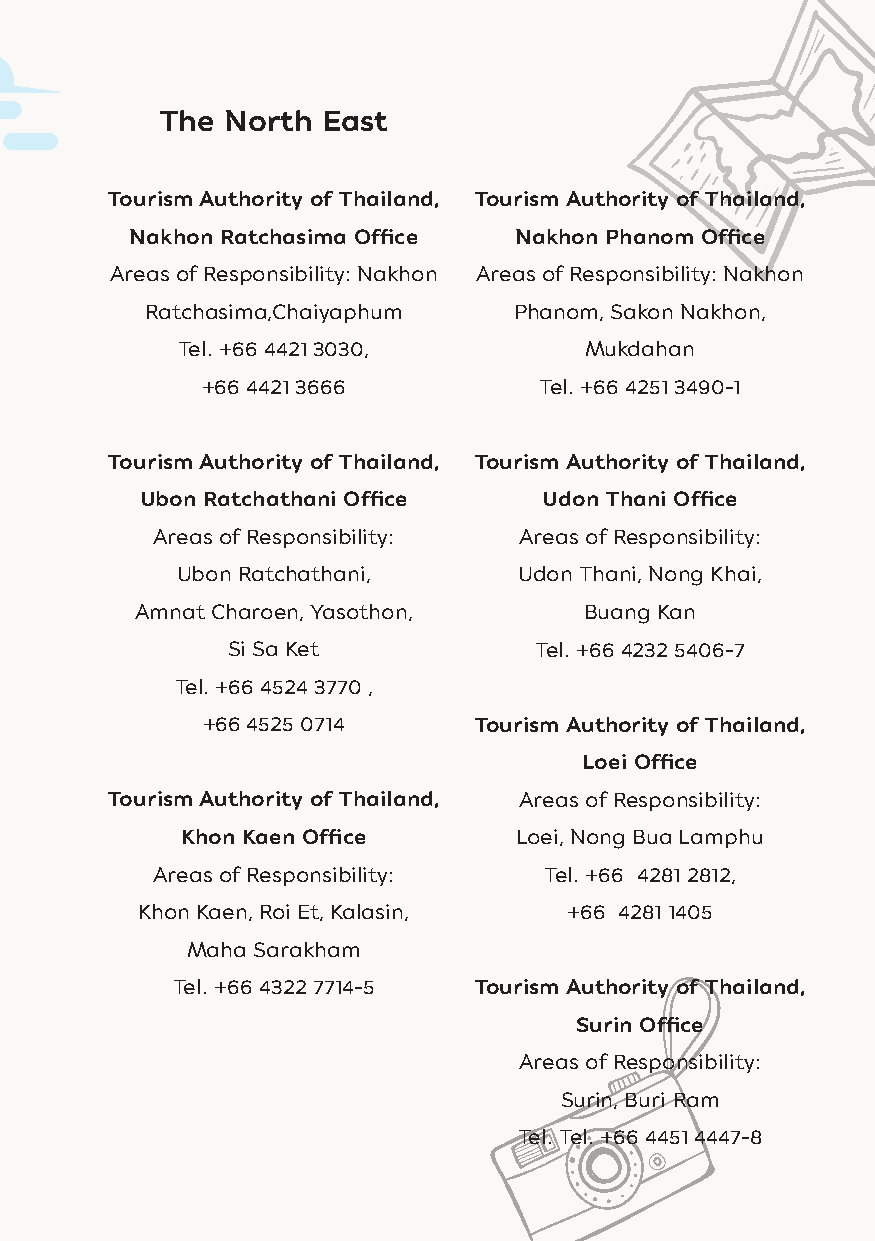
The North East
 Tourism Authority of Thailand, Tourism Authority of Thailand,
 Nakhon Ratchasima Office Nakhon Phanom Office
 Areas of Responsibility: Nakhon Areas of Responsibility: Nakhon
 Ratchasima,Chaiyaphum   Phanom, Sakon Nakhon,
 Tel. +66 4421 3030,        Mukdahan
 +66 4421 3666          Tel. +66 4251 3490-1
 Tourism Authority of Thailand, Tourism Authority of Thailand,
 Ubon Ratchathani Office    Udon Thani Office
 Areas of Responsibility: Areas of Responsibility:
 Ubon Ratchathani,     Udon Thani, Nong Khai,
 Amnat Charoen, Yasothon,      Buang Kan
 Si Sa Ket           Tel. +66 4232 5406-7
 Tel. +66 4524 3770 ,
 +66 4525 0714     Tourism Authority of Thailand,
 Loei Office
 Tourism Authority of Thailand, Areas of Responsibility:
 Khon Kaen Office      Loei, Nong Bua Lamphu
 Areas of Responsibility:  Tel. +66 4281 2812,
 Khon Kaen, Roi Et, Kalasin, +66 4281 1405
 Maha Sarakham
 Tel. +66 4322 7714-5 Tourism Authority of Thailand,
 Surin Office
 Areas of Responsibility:
 Surin, Buri Ram
 Tel. Tel. +66 4451 4447-8
 127